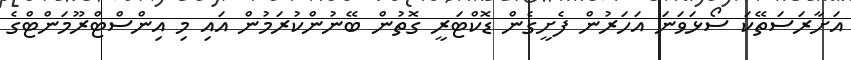
އަށާރަސަތޭކަ ސޯޅަވަނަ އަހަރުން ފެށީގެން ޑޮކްޓަރީ ގޮތުން ބޭނުންކުރަމުން އައި މި އިންސްޓްރޫމަންޓްގެ